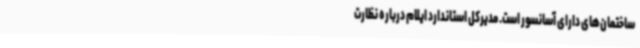
ساختمان‌های دارای آسانسور است. مدیرکل استاندارد ایلام درباره نظارت